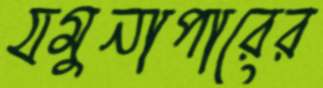
যমুনাপারের